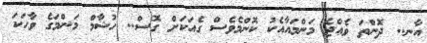
އާނ.. ދޮންތަ ވެއްޖެ މަންމައާއެކު ކޮންމެވެސް ގެއަކަށް ގޮސް.. ހުޝާމް މަންމަގެ ވާހަކަ